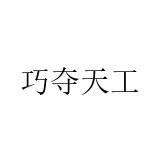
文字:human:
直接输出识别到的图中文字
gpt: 巧夺天工